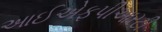
આઈએફપીઆરટી